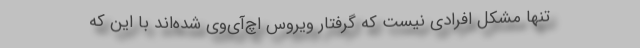
تنها مشکل افرادی نیست که گرفتار ویروس اچ‌آی‌وی شده‌اند با این که